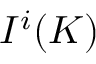
I ^ { i } ( K )